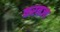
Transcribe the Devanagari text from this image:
करनज्य